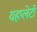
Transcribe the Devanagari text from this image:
यहप्लेटों